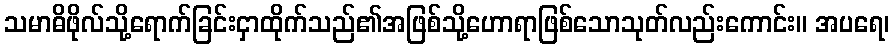
သမာဓိဖိုလ်သို့ရောက်ခြင်းငှာထိုက်သည်၏အဖြစ်သို့ဟောရာဖြစ်သောသုတ်လည်းကောင်း။ အပရေ၊